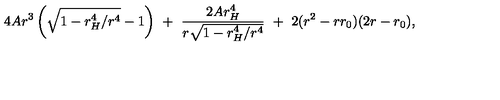
4 A r ^ { 3 } \left( \sqrt { 1 - r _ { H } ^ { 4 } / r ^ { 4 } } - 1 \right) \ + \ \frac { 2 A r _ { H } ^ { 4 } } { r \sqrt { 1 - r _ { H } ^ { 4 } / r ^ { 4 } } } \ + \ 2 ( r ^ { 2 } - r r _ { 0 } ) ( 2 r - r _ { 0 } ) ,